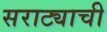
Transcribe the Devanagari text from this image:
सराट्याची